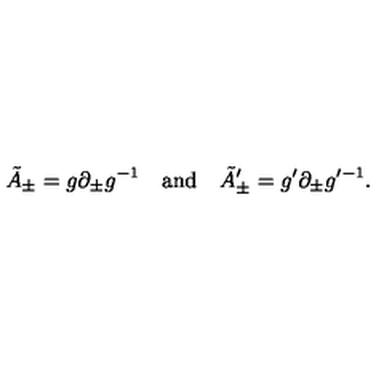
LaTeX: \tilde { A } _ { \pm } = g \partial _ { \pm } g ^ { - 1 } \quad \mathrm { a n d } \quad \tilde { A } _ { \pm } ^ { \prime } = g ^ { \prime } \partial _ { \pm } g ^ { \prime - 1 } .